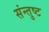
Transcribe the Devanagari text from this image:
संन्तुष्ट